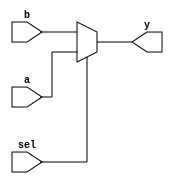
`timescale 1ns / 1ps

module bottom_mux(
    output wire [4:0] y,
    input wire [4:0] a, b,
    input wire sel
  );
  
  assign y = sel ? a : b;
  
endmodule // mux